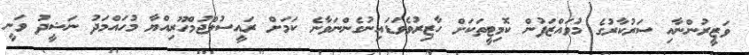
ވަޒީރުންނާއި ސަރުކާރުގެ މުވައްޒަފުން ކޮމިޓީތަކަށް ހާޒިރުވެވަޑައިނުގެންނަވާނެ ކަމަށް ރައީސުލްޖުމްހޫރިއްޔާ މުހައްމަދު ނަޝީދު ވަނީ